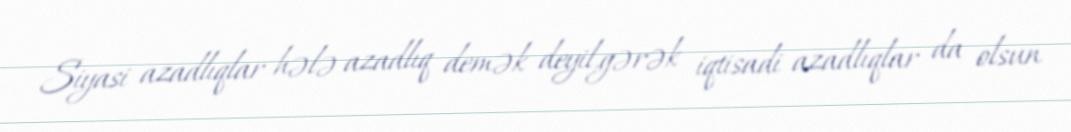
Siyasi azadlıqlar hələ azadlıq demək deyil,gərək iqtisadi azadlıqlar da olsun